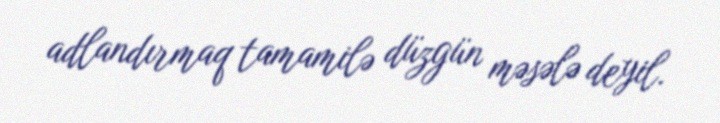
adlandırmaq tamamilə düzgün məsələ deyil.